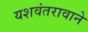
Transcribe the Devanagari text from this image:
यशवंतरावाने